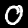
Digit: 0